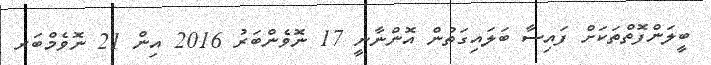
ބީލަންފޮތްތަކަށް ފައިސާ ބަލައިގަތުން އޮންނާނީ 17 ނޮވެންބަރު 2016 އިން 21 ނޮވެމްބަރ